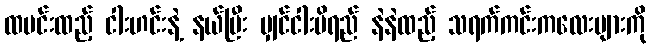
ထမင်းထည့် ငါးဟင်းနဲ့ နယ်ပြီး မျှင်ငါးပိရည် နဲနဲထည့် သရက်ကင်းကလေးများကို